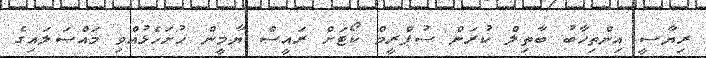
ރިޔާސީ އިންތިޚާބު ބާތިލް ކުރަން ސުޕްރީމް ކޯޓަށް ރައީސް ޔާމީން ހުށަހެޅުއްވި މައްސަލައިގެ